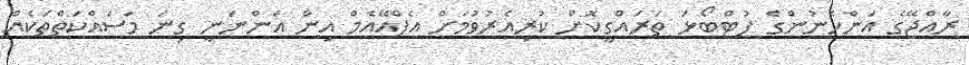
ރާއްޖޭގެ އަންހެނުންގެ ފުޓްބޯޅަ ތަރައްގީކޮށް ކުރިއެރުވުމަށް އެފްއޭއެމް އިން އަންނަނީ ގިނަ މަސައްކަތްތަކެއް